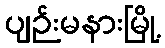
ပျဉ်းမနားမြို့